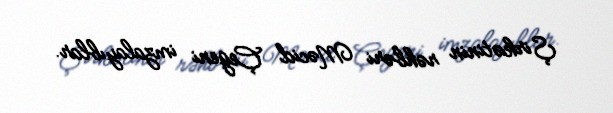
Şirkətinin rəhbəri Məcid Çegeni imzalayıblar.